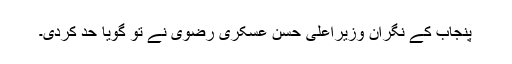
پنجاب کے نگران وزیراعلیٰ حسن عسکری رضوی نے تو گویا حد کردی۔